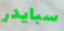
سبايدر